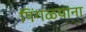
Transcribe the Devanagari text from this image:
पिंगळ्यांना